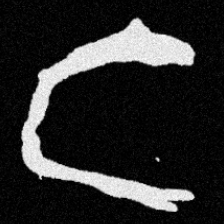
Pyu character \u2014 Myanmar letter: င (romanized: nga)